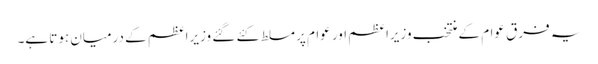
یہ فرق عوام کے منتخب وزیراعظم اور عوام پر مسلط کئے گئے وزیراعظم کے درمیان ہوتا ہے۔